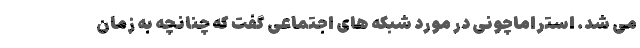
می شد. استراماچونی در مورد شبکه های اجتماعی گفت که چنانچه به زمان